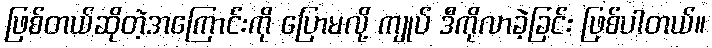
ဖြစ်တယ်ဆိုတဲ့အကြောင်းကို ပြောမလို့ ကျုပ် ဒီကိုလာခဲ့ခြင်း ဖြစ်ပါတယ်။